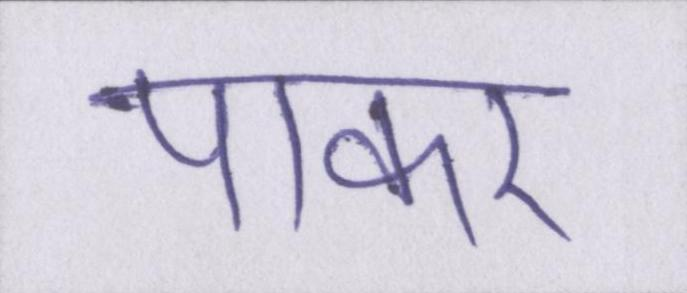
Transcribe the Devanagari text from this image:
पाकर